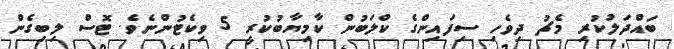
ބައްދަލުކުރި މެޗު ދިވެހި ސިފައިންގެ ކްލަބުން ކާމިޔާބުކުރީ 5 ވިކެޓުންނެވެ. ޓޮސް ލިބިގެން